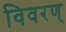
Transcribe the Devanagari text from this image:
विवरण्‌